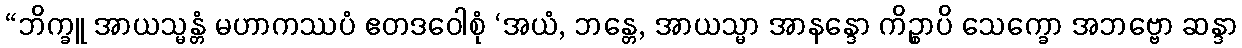
“ဘိက္ခူ အာယသ္မန္တံ မဟာကဿပံ ဧတဒဝေါစုံ ‘အယံ, ဘန္တေ, အာယသ္မာ အာနန္ဒော ကိဉ္စာပိ သေက္ခော အဘဗ္ဗော ဆန္ဒာ